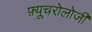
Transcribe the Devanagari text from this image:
फ़्यूचरोलोजी